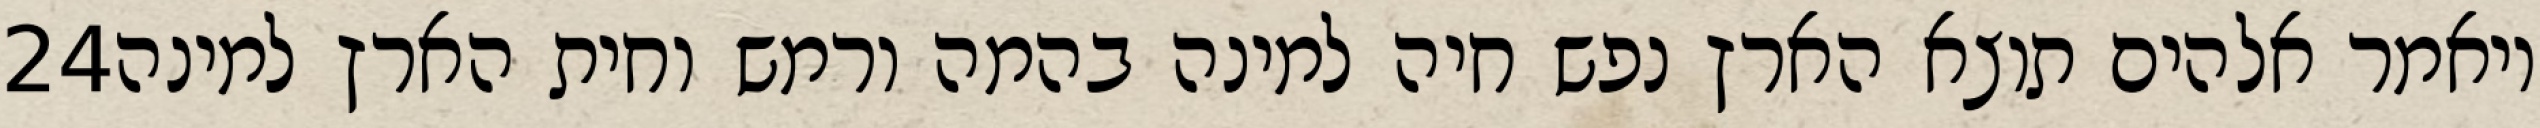
‎24‏ ויאמר אלהים תוצא הארץ נפש חיה למינה בהמה ורמש וחית הארץ למינה